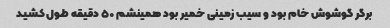
برگر گوشوش خام بود و سیب زمینی خمیر بود همینشم ۵۰ دقیقه طول کشید